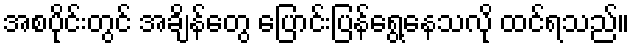
အစပိုင်းတွင် အချိန်တွေ ပြောင်းပြန်ရွေ့နေသလို ထင်ရသည်။